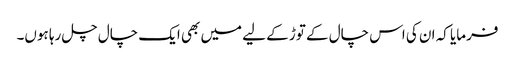
فرمایا کہ ان کی اس چال کے توڑ کے لیے میں بھی ایک چال چل رہا ہوں۔